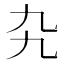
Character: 𠃙